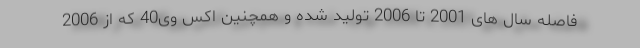
فاصله سال های 2001 تا 2006 تولید شده و همچنین اکس وی40 که از 2006